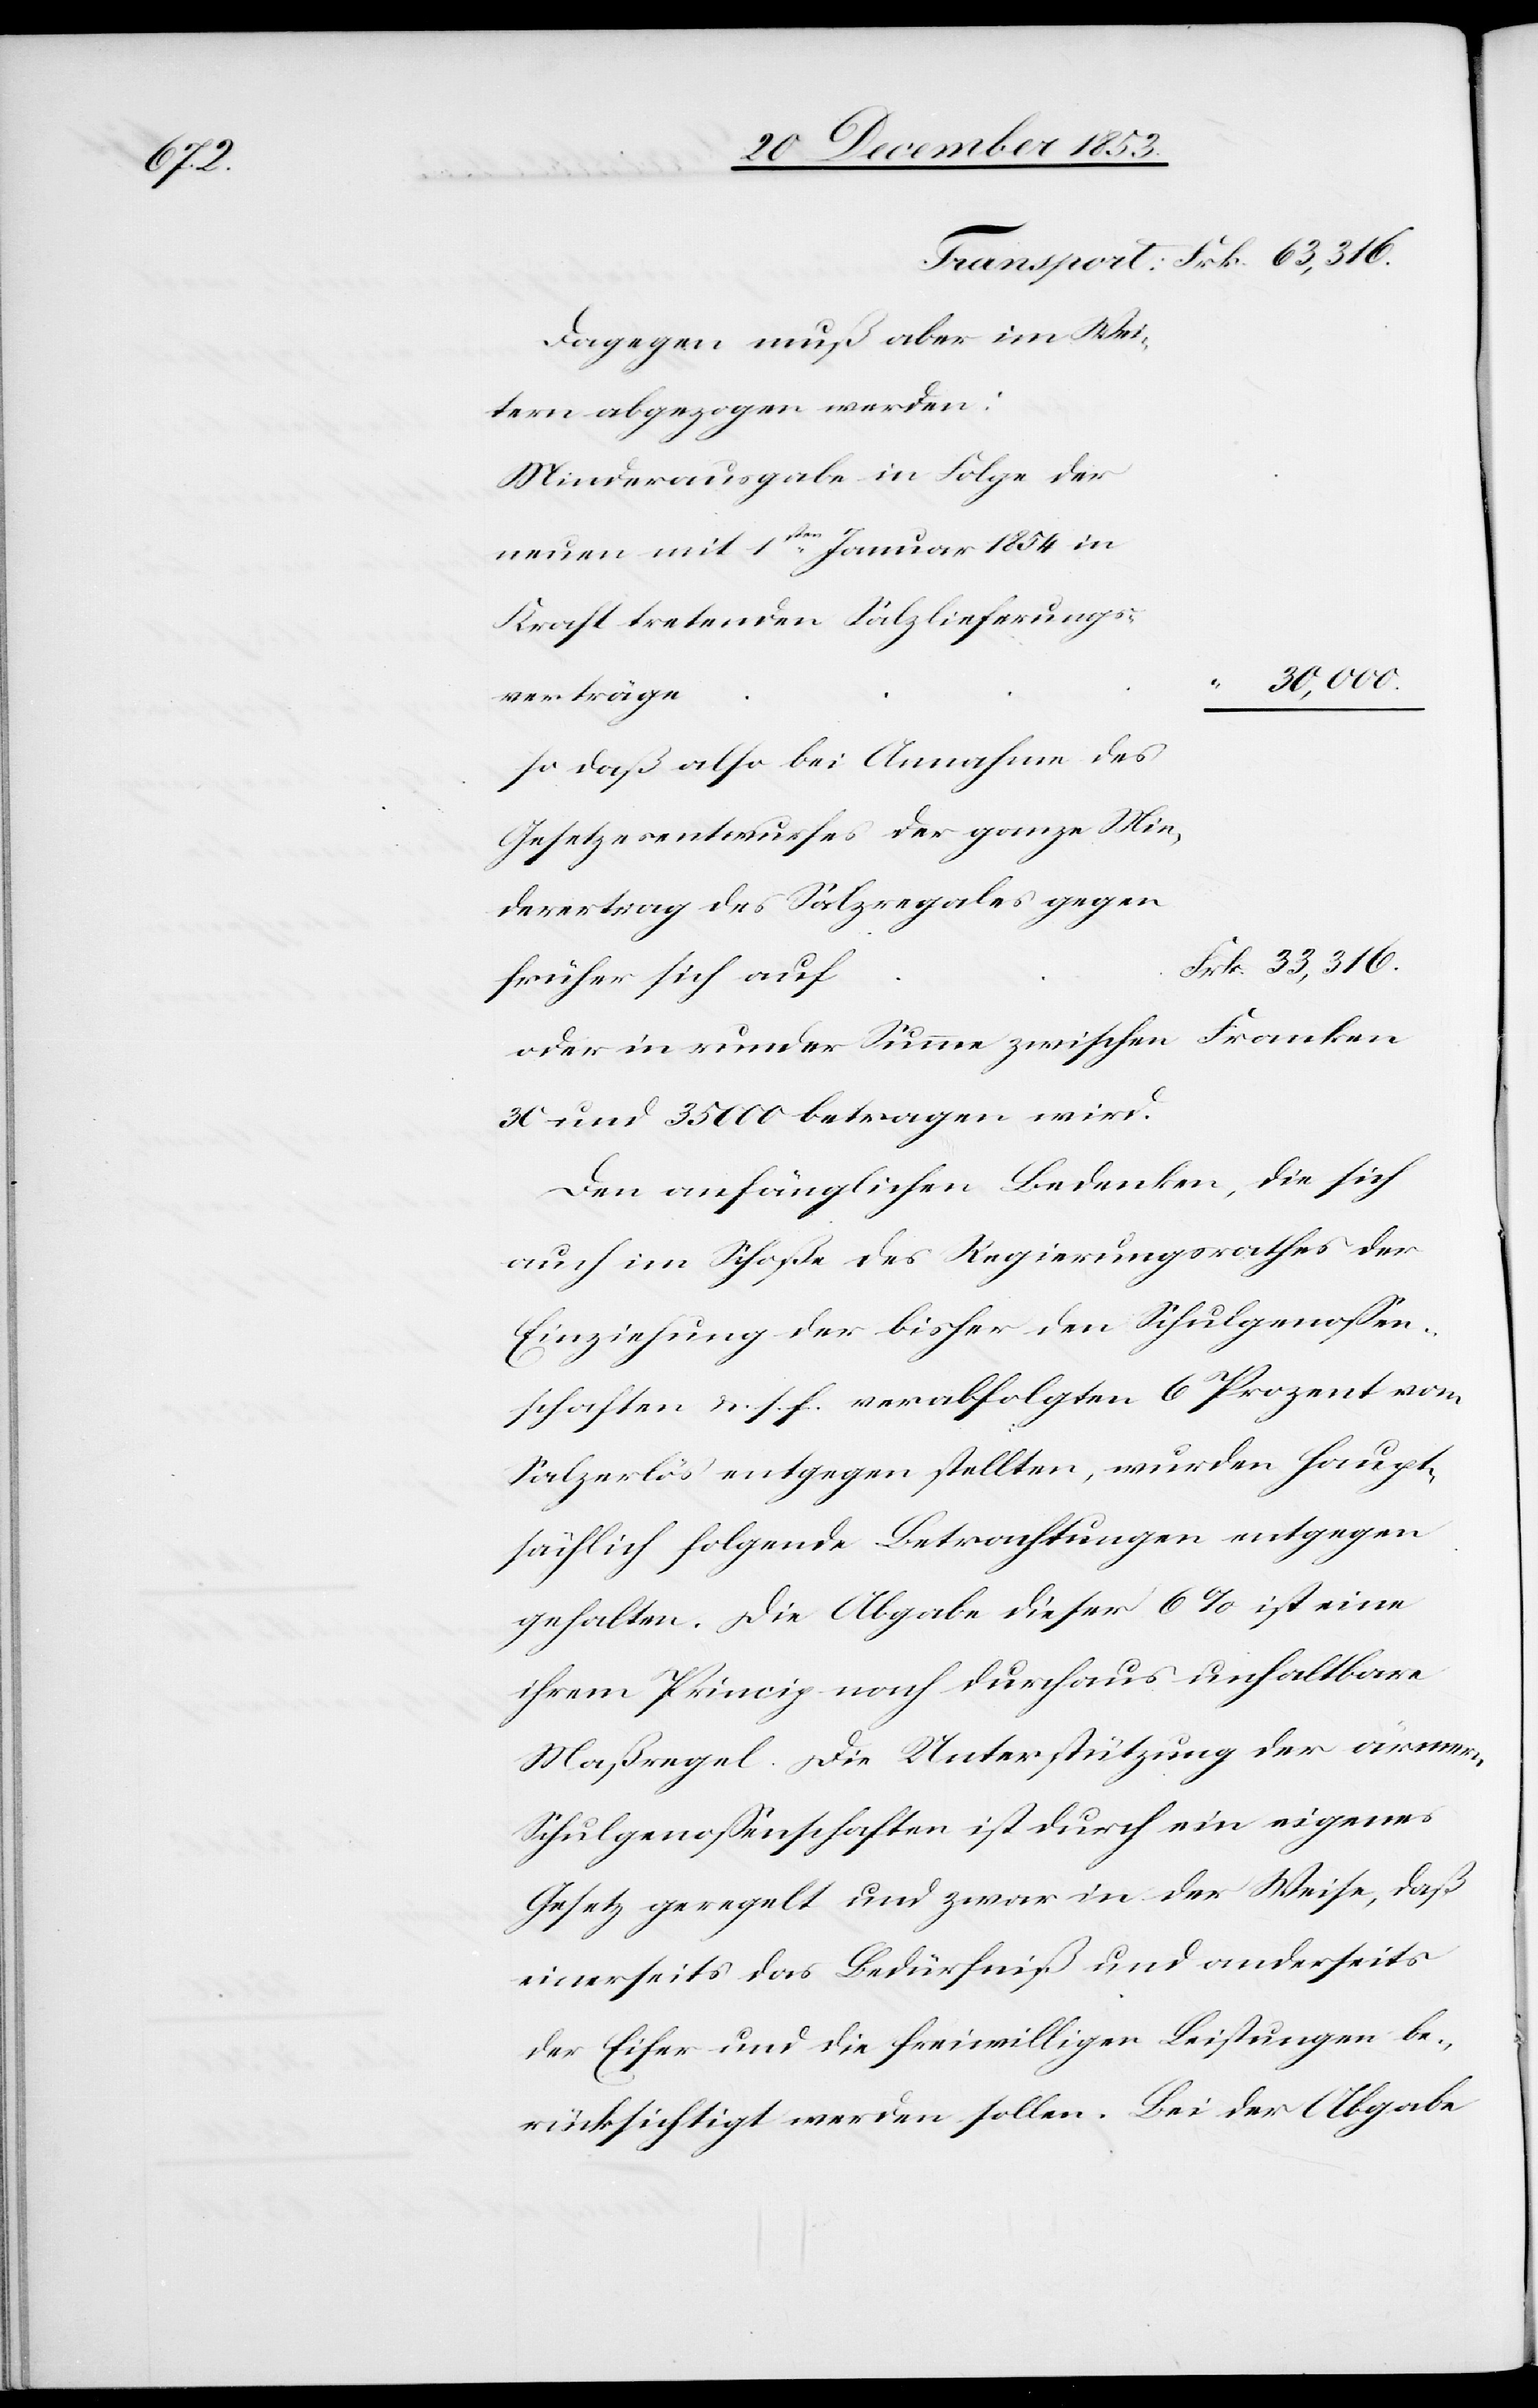
Min¬

Dagegen muß aber im Wei¬
tern abgezogen werden:
Minderausgaben in Folge der
so daß also bei Annahme des
derertrag des Salzregales gegen
oder in runder Summe zwischen Franken
30 und 35000 betragen wird.
Den anfänglichen Bedenken, die sich
auch im Schoße des Regierungsrathes der
Einziehung der bisher den Schulgenoßen¬
schaften u. s. f. verabfolgten 6 Prozent vom
Salzerlös entgegen stellten, wurden haupt¬
sächlich folgende Betrachtungen entgegen
gehalten. Die Abgabe dieser 6% ist eine
ihrem Princip nach durchaus unhaltbare
Maßregel. Die Unterstützung der ärmeren
Schulgenoßenschaften ist durch ein eigenes
Gesetz geregelt und zwar in der Weise, daß
einerseits das Bedürfniß und anderseits
der Eifer und die freiwilligen Leistungen be¬
rücksichtigt werden sollen. Bei der Abgabe